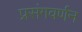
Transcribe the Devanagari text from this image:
प्रसंगवर्णन